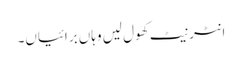
انٹرنیٹ کھول لیں وہاں برائیاں۔